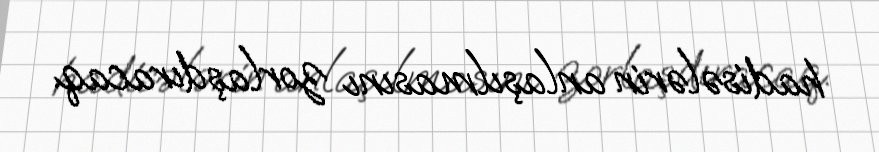
hadisələrin anlaşılmasını zorlaşdıracaq.